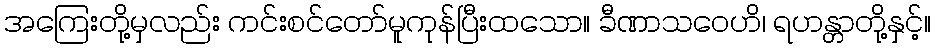
အကြေးတို့မှလည်း ကင်းစင်တော်မူကုန်ပြီးထသော။ ခီဏာသဝေဟိ၊ ရဟန္တာတို့နှင့်။